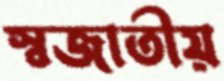
স্বজাতীয়